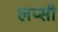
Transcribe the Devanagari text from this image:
लप्सी